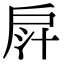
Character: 𢩄